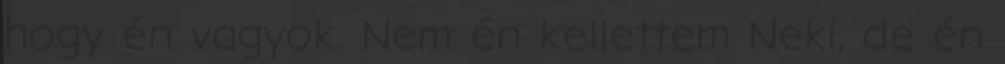
hogy én vagyok. Nem én kellettem Neki, de én